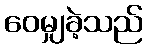
ဝေမျှခဲ့သည်